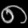
Digit: ၈